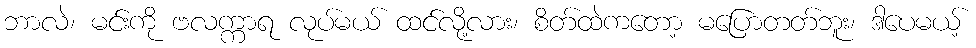
ဘာလဲ၊ မင်းကို ဗလက္ကာရ လုပ်မယ် ထင်လို့လား၊ စိတ်ထဲကတော့ မပြောတတ်ဘူး၊ ဒါပေမယ့်